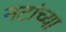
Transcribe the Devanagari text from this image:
नटांच्या